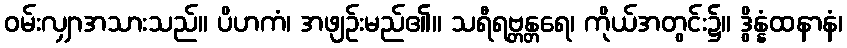
ဝမ်းလျှာအသားသည်။ ပိဟကံ၊ အဖျဉ်းမည်၏။ သရီရဗ္တန္တရေ၊ ကိုယ်အတွင်း၌။ ဒွိန္နံထနာနံ၊